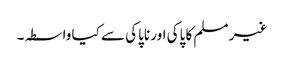
غیر مسلم کا پاکی اور ناپاکی سے کیا واسطہ۔